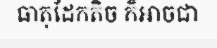
ធាតុដែកតិច ក៏អាចជា